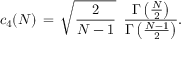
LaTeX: c _ { 4 } ( N ) \, = \, { \sqrt { \frac { 2 } { N - 1 } } } \, \, \, { \frac { \Gamma \left( { \frac { N } { 2 } } \right) } { \Gamma \left( { \frac { N - 1 } { 2 } } \right) } } .